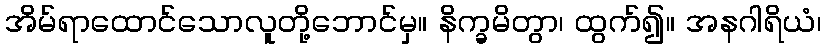
အိမ်ရာထောင်သောလူတို့ဘောင်မှ။ နိက္ခမိတွာ၊ ထွက်၍။ အနဂါရိယံ၊